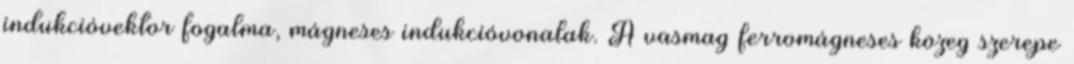
indukcióvektor fogalma, mágneses indukcióvonalak. A vasmag ferromágneses közeg szerepe